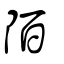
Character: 陌